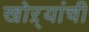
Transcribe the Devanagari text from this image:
खोऱ्यांची